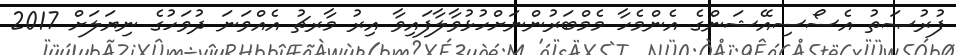
ފުރުޞަތު އެސޯސިއޭޝަންގެ އެންމެހާ މެމްބަރުންނަށްހުޅުވާލާފައިވާ އިރު މާރޗު އެއްވަނަ ދުވަހުގެ ނިޔަލަށް 2017